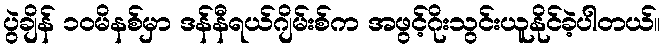
ပွဲချိန် ၁၀မိနစ်မှာ ဒန်နီရယ်ဂျိမ်းစ်က အဖွင့်ဂိုးသွင်းယူနိုင်ခဲ့ပါတယ်။